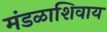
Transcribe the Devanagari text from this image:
मंडळाशिवाय